Annual returns of the Patna Lunatic Asylum at Bankipore in Bihar and Orissa - 1912-1924
Year: 1912
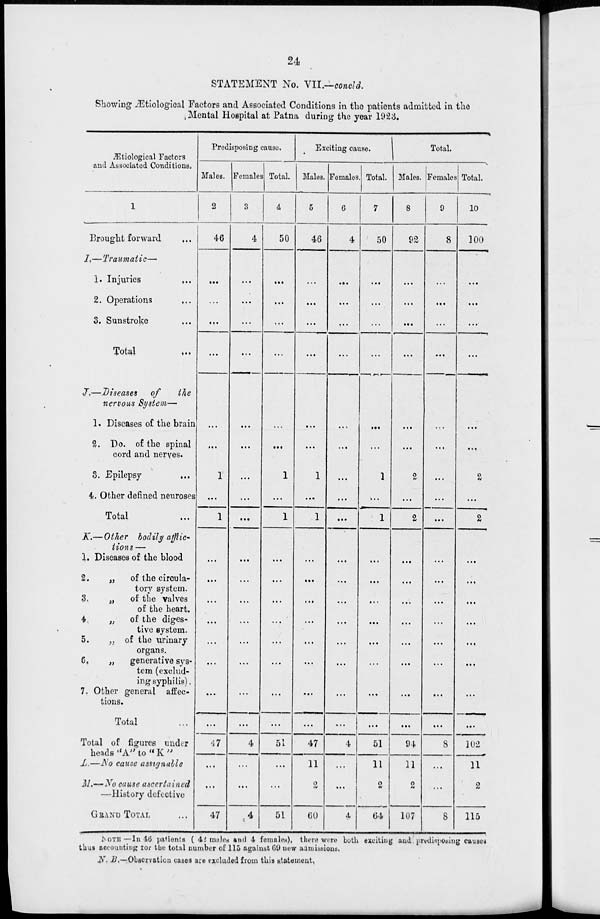
24
STATEMENT No. VII.—concld.
Showing Ætiological Factors and Associated Conditions in the patients admitted in the
Mental Hospital at Patna during the year 1923.
Ætiological Factors
and Associated Conditions.
1
Brought forward ...
I.—Traumatic—
1. Injuries
...
2. Operations ...
3. Sunstroke ...
Total ...
J.—Diseases
of
the
nervous System—
1. Diseases of the brain
2. Do. of the spinal
cord and nerves.
3. Epilepsy ...
4. Other defined neuroses
Total ...
K.—Other bodily afflic-
tions—
1. Diseases of the blood
2. „ of the circula-
tory system.
3.
„
of the valves
of the heart.
4 „ of the diges-
tive system.
5. „ of the urinary
organs.
6.
„
generative sys-
tem (exclud-
ing syphilis).
7. Other general affec-
tions.
Total ...
Total of figures under
heads "A" to "K"
L.—No cause assignable
M.—No cause ascertained
—History defective
GRAND TOTAL ...
Predisposing cause.
Males.
2
46
...
...
...
...
...
...
1
...
1
...
...
...
...
...
...
...
...
47
...
...
47
Females
3
4
...
...
...
...
...
...
...
...
...
...
...
...
...
...
...
...
...
4
...
...
4
Total.
4
50
...
...
...
...
...
...
1
...
1
...
...
...
...
...
...
...
...
51
...
...
51
Exciting cause.
Males.
5
46
...
...
...
...
...
...
1
...
1
...
...
...
...
...
...
...
...
47
11
2
60
Females.
6
4
...
...
...
...
...
...
...
...
...
...
...
...
...
...
...
...
...
4
...
...
4
Total.
7
50
...
...
...
...
...
...
1
...
1
...
...
...
...
...
...
...
...
51
11
2
64
Total.
Males.
8
92
...
...
...
...
...
...
2
...
2
...
...
...
...
...
...
...
...
94
11
2
107
Females
9
8
...
...
...
...
...
...
...
...
...
...
...
...
...
...
...
...
...
8
...
...
8
Total.
10
100
...
...
...
...
...
...
2
...
2
...
...
...
...
...
...
...
...
102
11
2
115
NOTE.— In 46 patients (42 males and 4 females), there were both exciting and predisposing causes
thus accounting for the total number of 115 against 69 new admissions.
N. B.—Observation cases are excluded from this statement.